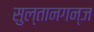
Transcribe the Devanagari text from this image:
सुल्तानगन्ज